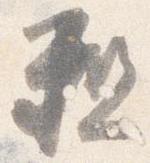
粗